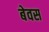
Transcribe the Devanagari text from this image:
बेवस